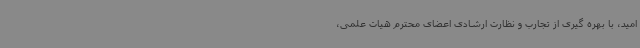
امید، با بهره گیری از تجارب و نظارت ارشادی اعضای محترم هیات علمی،